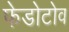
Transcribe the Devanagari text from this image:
फेडोटोव